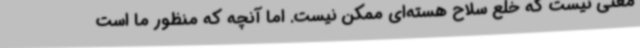
معنی نیست که خلع سلاح هسته‌ای ممکن نیست. اما آنچه که منظور ما است